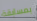
بمسابقة